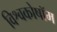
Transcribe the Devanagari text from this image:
विश्वकोषॉम